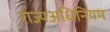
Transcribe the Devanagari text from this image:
राज्यअधिनियम